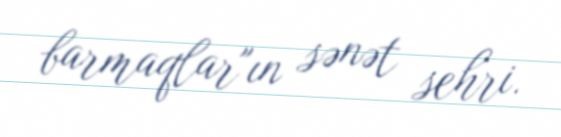
barmaqlar"ın sənət sehri.